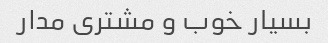
بسیار خوب و مشتری مدار